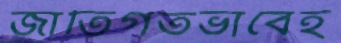
জাতিগতভাবেই